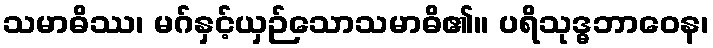
သမာဓိဿ၊ မဂ်နှင့်ယှဉ်သောသမာဓိ၏။ ပရိသုဒ္ဓဘာဝေန၊